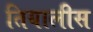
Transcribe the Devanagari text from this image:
तियालीस